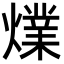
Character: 㸁